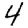
Digit: 4